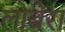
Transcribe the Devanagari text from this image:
लोबेरा